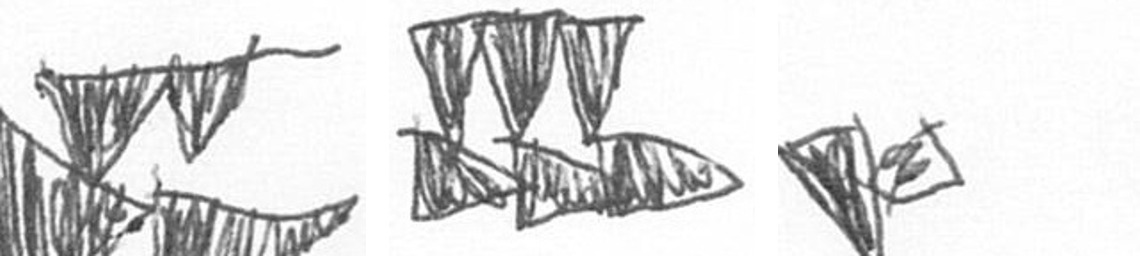
B D F